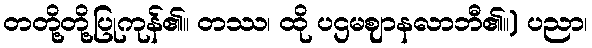
တတို့တို့ပြုကုန်၏။ တဿ၊ ထို ပဌမဈာနလာဘီ၏။) ပညာ၊